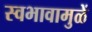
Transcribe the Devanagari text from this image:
स्वभावामुळें